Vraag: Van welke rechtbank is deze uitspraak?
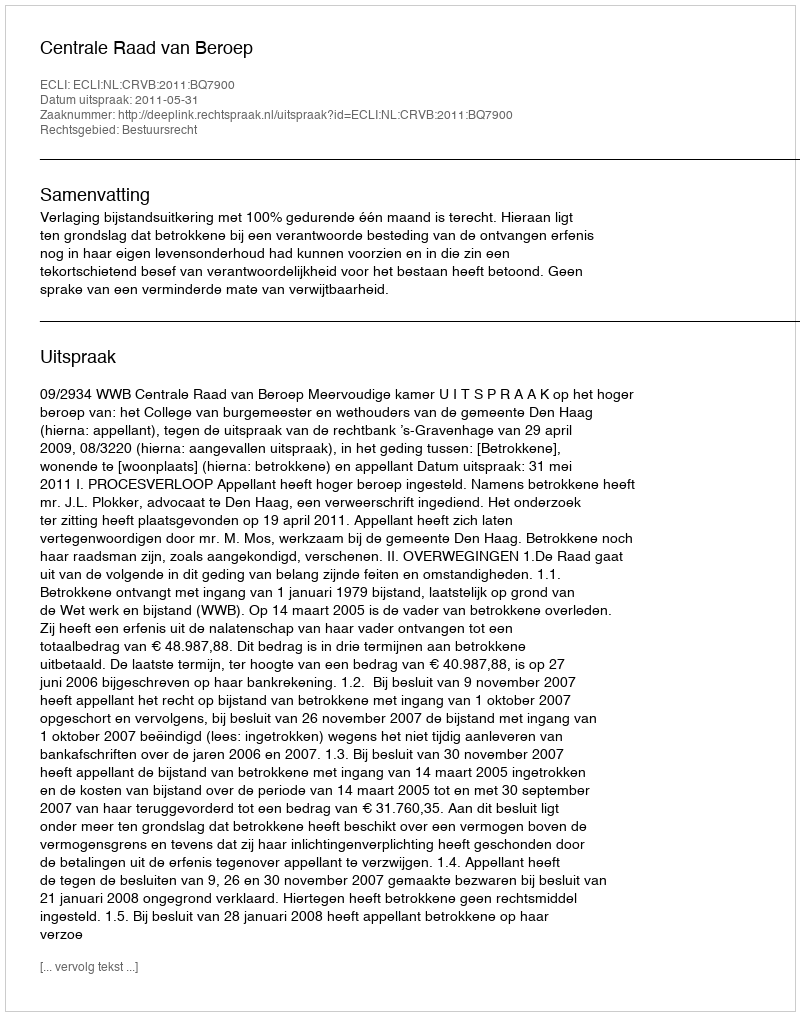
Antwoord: Centrale Raad van Beroep